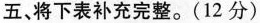
五、将下表补充完整。(12分)